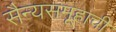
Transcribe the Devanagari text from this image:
सैन्यसमूहाची